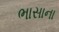
ભાસાના